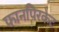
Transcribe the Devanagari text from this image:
फानपिरकेट